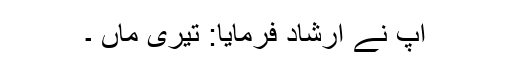
آپؐ نے ارشاد فرمایا: تیری ماں ۔